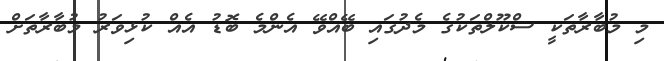
މި މުބާރާތަކީ ސްކޫލްތަކުގެ މެދުގައި ބޭއްވޭ އެންމެ ބޮޑު އެއް ކުޅިވަރު މުބާރާތަށް